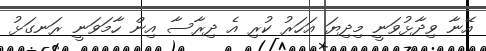
އޭނާ ވިދާޅުވަނީ މިދިޔަ އަހަރު ކުރި އެ ދިރާސާ އިން ހާމަވަނީ ރަނގަޅު